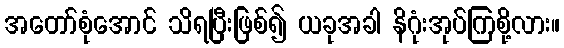
အတော်စုံအောင် သိရပြီးဖြစ်၍ ယခုအခါ နိဂုံးအုပ်ကြစို့လား။